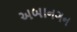
અબાનગન